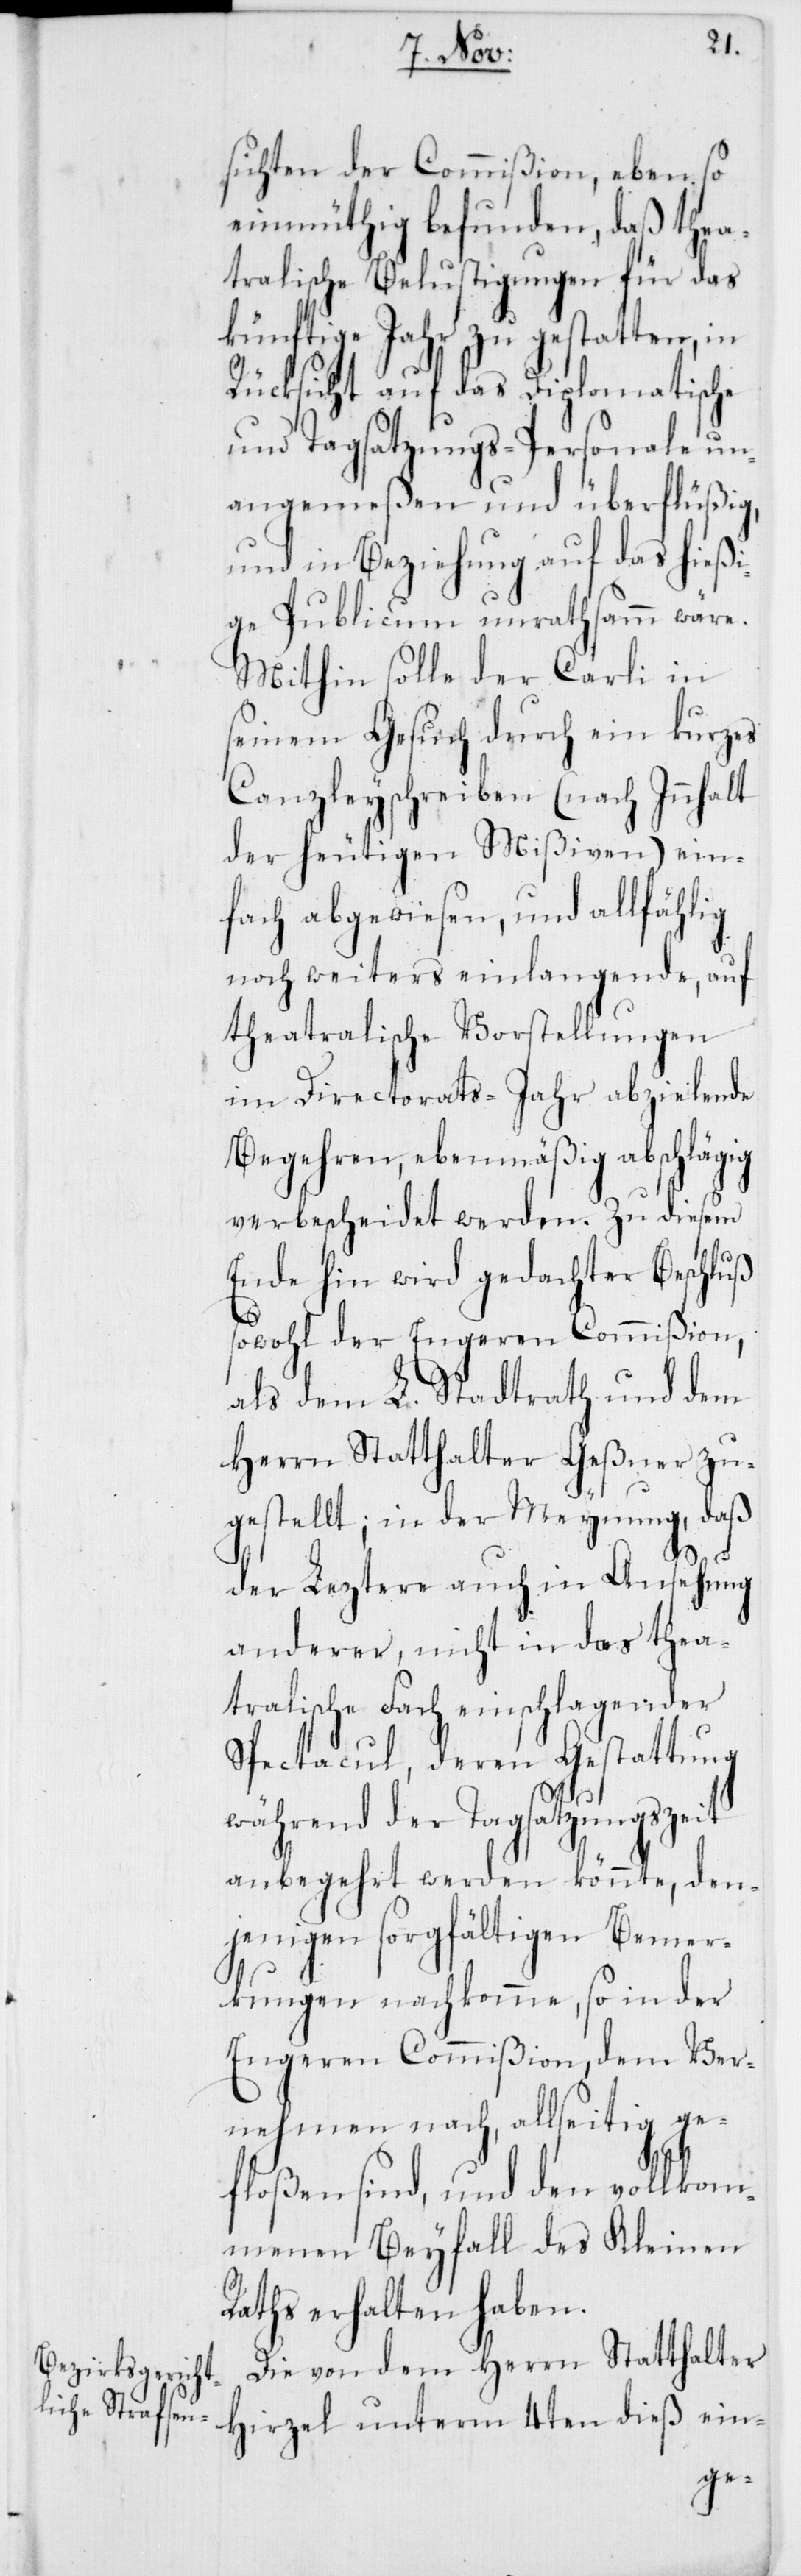
sichten der Commißion, eben so
einmüthig befunden, daß thea¬
tralische Belustigungen für das
künftige Jahr zu gestatten, in
Rücksicht auf das Diplomatische
und Tagsatzungs-Personale un¬
angemeßen und überflüßig,
und in Beziehung auf das hießi¬
ge Publicum unrathsamm wäre.
Mithin solle der Carli in
seinem Gesuch durch ein kurzes
Canzleyschreiben (nach Innhalt
der heutigen Mißiven) ein¬
fach abgewiesen, und allfählig
noch weiters einlangende, auf
theatralische Vorstellungen
im Directorats-Jahr abzielende
Begehren, ebenmäßig abschlägig
verbescheidet werden. Zu diesem
Ende hin wird gedachter Beschluß
ein-
sowohl der engeren Commißion,
als dem L. Stadtrath und dem
Herrn Statthalter Geßner zu¬
gestellt; in der Meynung, daß
der Leztere auch in Ansehung
4ten
anderer, nicht in das
tralische Fach einschlagender
Spectacul, deren Gestattung
während der Tagsatzungszeit
anbegehrt werden könnte, den¬
jenigen sorgfältigen Bemer¬
kungen nachkomme, so in der
Engeren Commißion, dem Ver¬
nehmen nach, allseitig ge¬
floßen sind, und den vollkom¬
einen
menen Beyfall des Kl¬
Raths erhalten haben.
Die von dem Herrn Statthalter